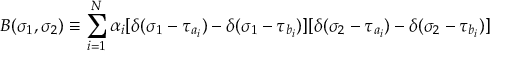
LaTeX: B ( \sigma _ { 1 } , \sigma _ { 2 } ) \equiv \sum _ { i = 1 } ^ { N } \alpha _ { i } [ \delta ( \sigma _ { 1 } - \tau _ { a _ { i } } ) - \delta ( \sigma _ { 1 } - \tau _ { b _ { i } } ) ] [ \delta ( \sigma _ { 2 } - \tau _ { a _ { i } } ) - \delta ( \sigma _ { 2 } - \tau _ { b _ { i } } ) ]